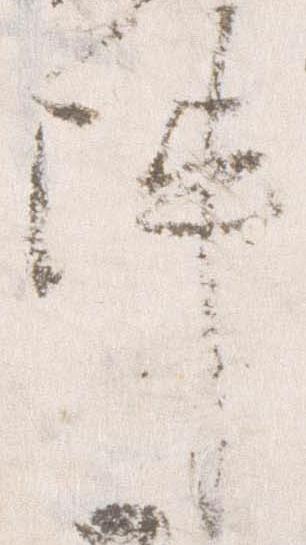
陣